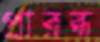
প্রারব্ধ